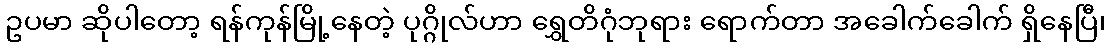
ဥပမာ ဆိုပါတော့ ရန်ကုန်မြို့နေတဲ့ ပုဂ္ဂိုလ်ဟာ ရွှေတိဂုံဘုရား ရောက်တာ အခေါက်ခေါက် ရှိနေပြီ၊